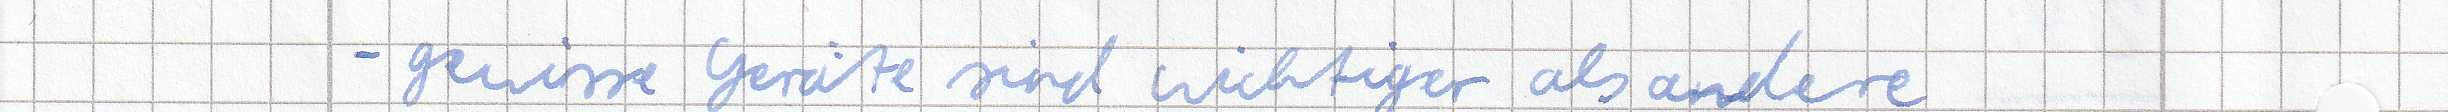
- gewisse Geräte sind wichtiger als andere